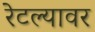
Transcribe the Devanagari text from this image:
रेटल्यावर